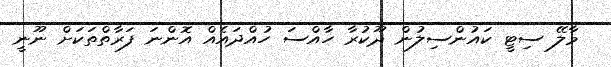
މާލޭ ސިޓީ ކައުންސިލުން ދޫކުރާ ހާއްސަ ހުއްދައެއް އޮންނަ ފަރާތްތަކަށް ނޫނީ